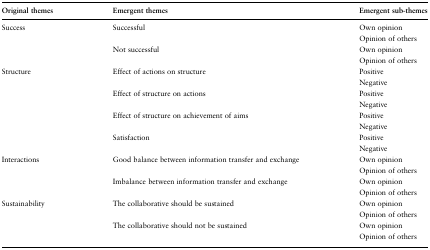
<table><thead><tr><td><b>Original themes</b></td><td><b>Emergent themes</b></td><td><b>Emergent sub-themes</b></td></tr></thead><tbody><tr><td rowspan="4">Success</td><td rowspan="2">Successful</td><td>Own opinion</td></tr><tr><td>Opinion of others</td></tr><tr><td rowspan="2">Not successful</td><td>Own opinion</td></tr><tr><td>Opinion of others</td></tr><tr><td rowspan="8">Structure</td><td rowspan="2">Effect of actions on structure</td><td>Positive</td></tr><tr><td>Negative</td></tr><tr><td rowspan="2">Effect of structure on actions</td><td>Positive</td></tr><tr><td>Negative</td></tr><tr><td rowspan="2">Effect of structure on achievement of aims</td><td>Positive</td></tr><tr><td>Negative</td></tr><tr><td rowspan="2">Satisfaction</td><td>Positive</td></tr><tr><td>Negative</td></tr><tr><td rowspan="4">Interactions</td><td rowspan="2">Good balance between information transfer and exchange</td><td>Own opinion</td></tr><tr><td>Opinion of others</td></tr><tr><td rowspan="2">Imbalance between information transfer and exchange</td><td>Own opinion</td></tr><tr><td>Opinion of others</td></tr><tr><td rowspan="4">Sustainability</td><td rowspan="2">The collaborative should be sustained</td><td>Own opinion</td></tr><tr><td>Opinion of others</td></tr><tr><td rowspan="2">The collaborative should not be sustained</td><td>Own opinion</td></tr><tr><td>Opinion of others</td></tr></tbody></table>